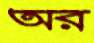
অর